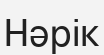
Нәрік